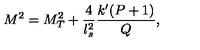
M ^ { 2 } = M _ { T } ^ { 2 } + \frac { 4 } { l _ { s } ^ { 2 } } \frac { k ^ { \prime } ( P + 1 ) } { Q } ,